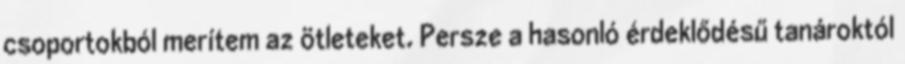
csoportokból merítem az ötleteket. Persze a hasonló érdeklődésű tanároktól